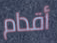
أقدام